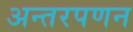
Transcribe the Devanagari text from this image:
अन्तरपणन